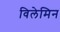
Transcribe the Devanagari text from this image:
विलेमिन